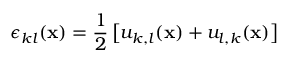
\epsilon _ { k l } ( { \bf x } ) = \frac { 1 } { 2 } \left[ u _ { k , l } ( { \bf x } ) + u _ { l , k } ( { \bf x } ) \right]